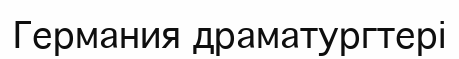
Германия драматургтері